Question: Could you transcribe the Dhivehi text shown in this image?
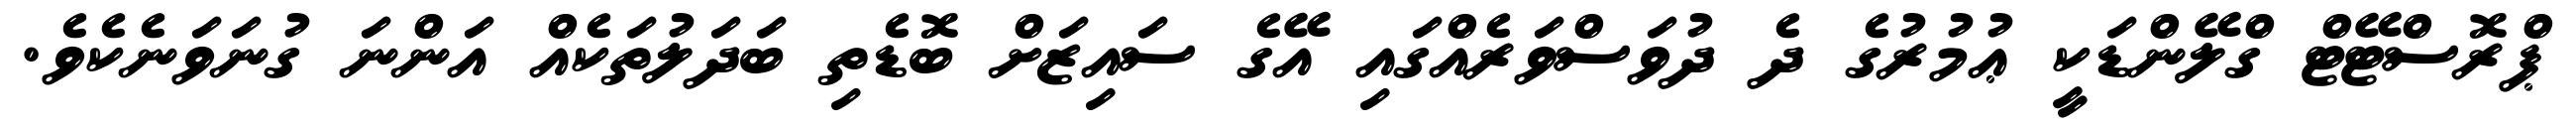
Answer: ޕްރޮސްޓޭޓް ގްލޭންޑަކީ ޢުމުރުގެ ދެ ދުވަސްވަރެއްގައި އޭގެ ސައިޒަށް ބޮޑެތި ބަދަލުތަކެއް އަންނަ ގުނަވަނެކެވެ.